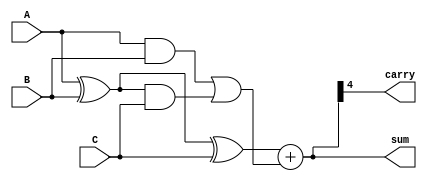
module RippleCarrySaveAdder (
    input  wire [3:0] A,  // First operand
    input  wire [3:0] B,  // Second operand
    input  wire [3:0] C,  // Third operand
    output wire [4:0] sum, // Final sum (5 bits for overflow)
    output wire carry      // Final carry out
);

    // Internal wires for Carry Save Adder outputs
    wire [3:0] sum1;
    wire [3:0] carry1;

    // Carry Save Adder for A + B
    wire [3:0] CSA_sum_AB;
    wire [3:0] CSA_carry_AB;
    
    assign CSA_sum_AB = A ^ B;               // Sum of A and B
    assign CSA_carry_AB = A & B;             // Carry of A and B

    // Carry Save Adder for the intermediate sum with operand C
    wire [3:0] CSA_sum_ABC;
    wire [3:0] CSA_carry_ABC;

    assign CSA_sum_ABC = CSA_sum_AB ^ C;     // Sum of previous sum and C
    assign CSA_carry_ABC = CSA_carry_AB | (CSA_sum_AB & C); // Carry calculation

    // Ripple Carry Adder to finalize the sum
    wire [4:0] RCA_sum;
    
    // 4-bit Ripple Carry Adder
    wire [4:0] RCA_out;

    assign RCA_out = {1'b0, CSA_sum_ABC} + CSA_carry_ABC; // Extend sum to 5 bits for carry

    // Assign outputs
    assign sum = RCA_out;
    assign carry = RCA_out[4]; // Final carry out

endmodule